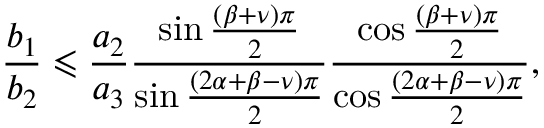
\frac { b _ { 1 } } { b _ { 2 } } \leqslant \frac { a _ { 2 } } { a _ { 3 } } \frac { \sin \frac { \left( \beta + \nu \right) \pi } { 2 } } { \sin \frac { \left( 2 \alpha + \beta - \nu \right) \pi } { 2 } } \frac { \cos \frac { \left( \beta + \nu \right) \pi } { 2 } } { \cos \frac { \left( 2 \alpha + \beta - \nu \right) \pi } { 2 } } ,